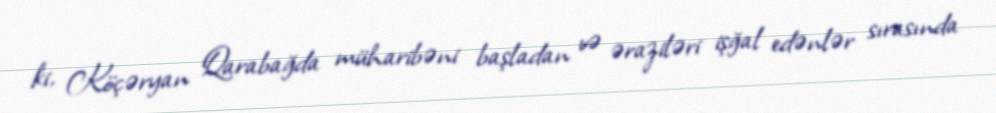
ki, Köçəryan Qarabağda müharibəni başladan və əraziləri işğal edənlər sırasında